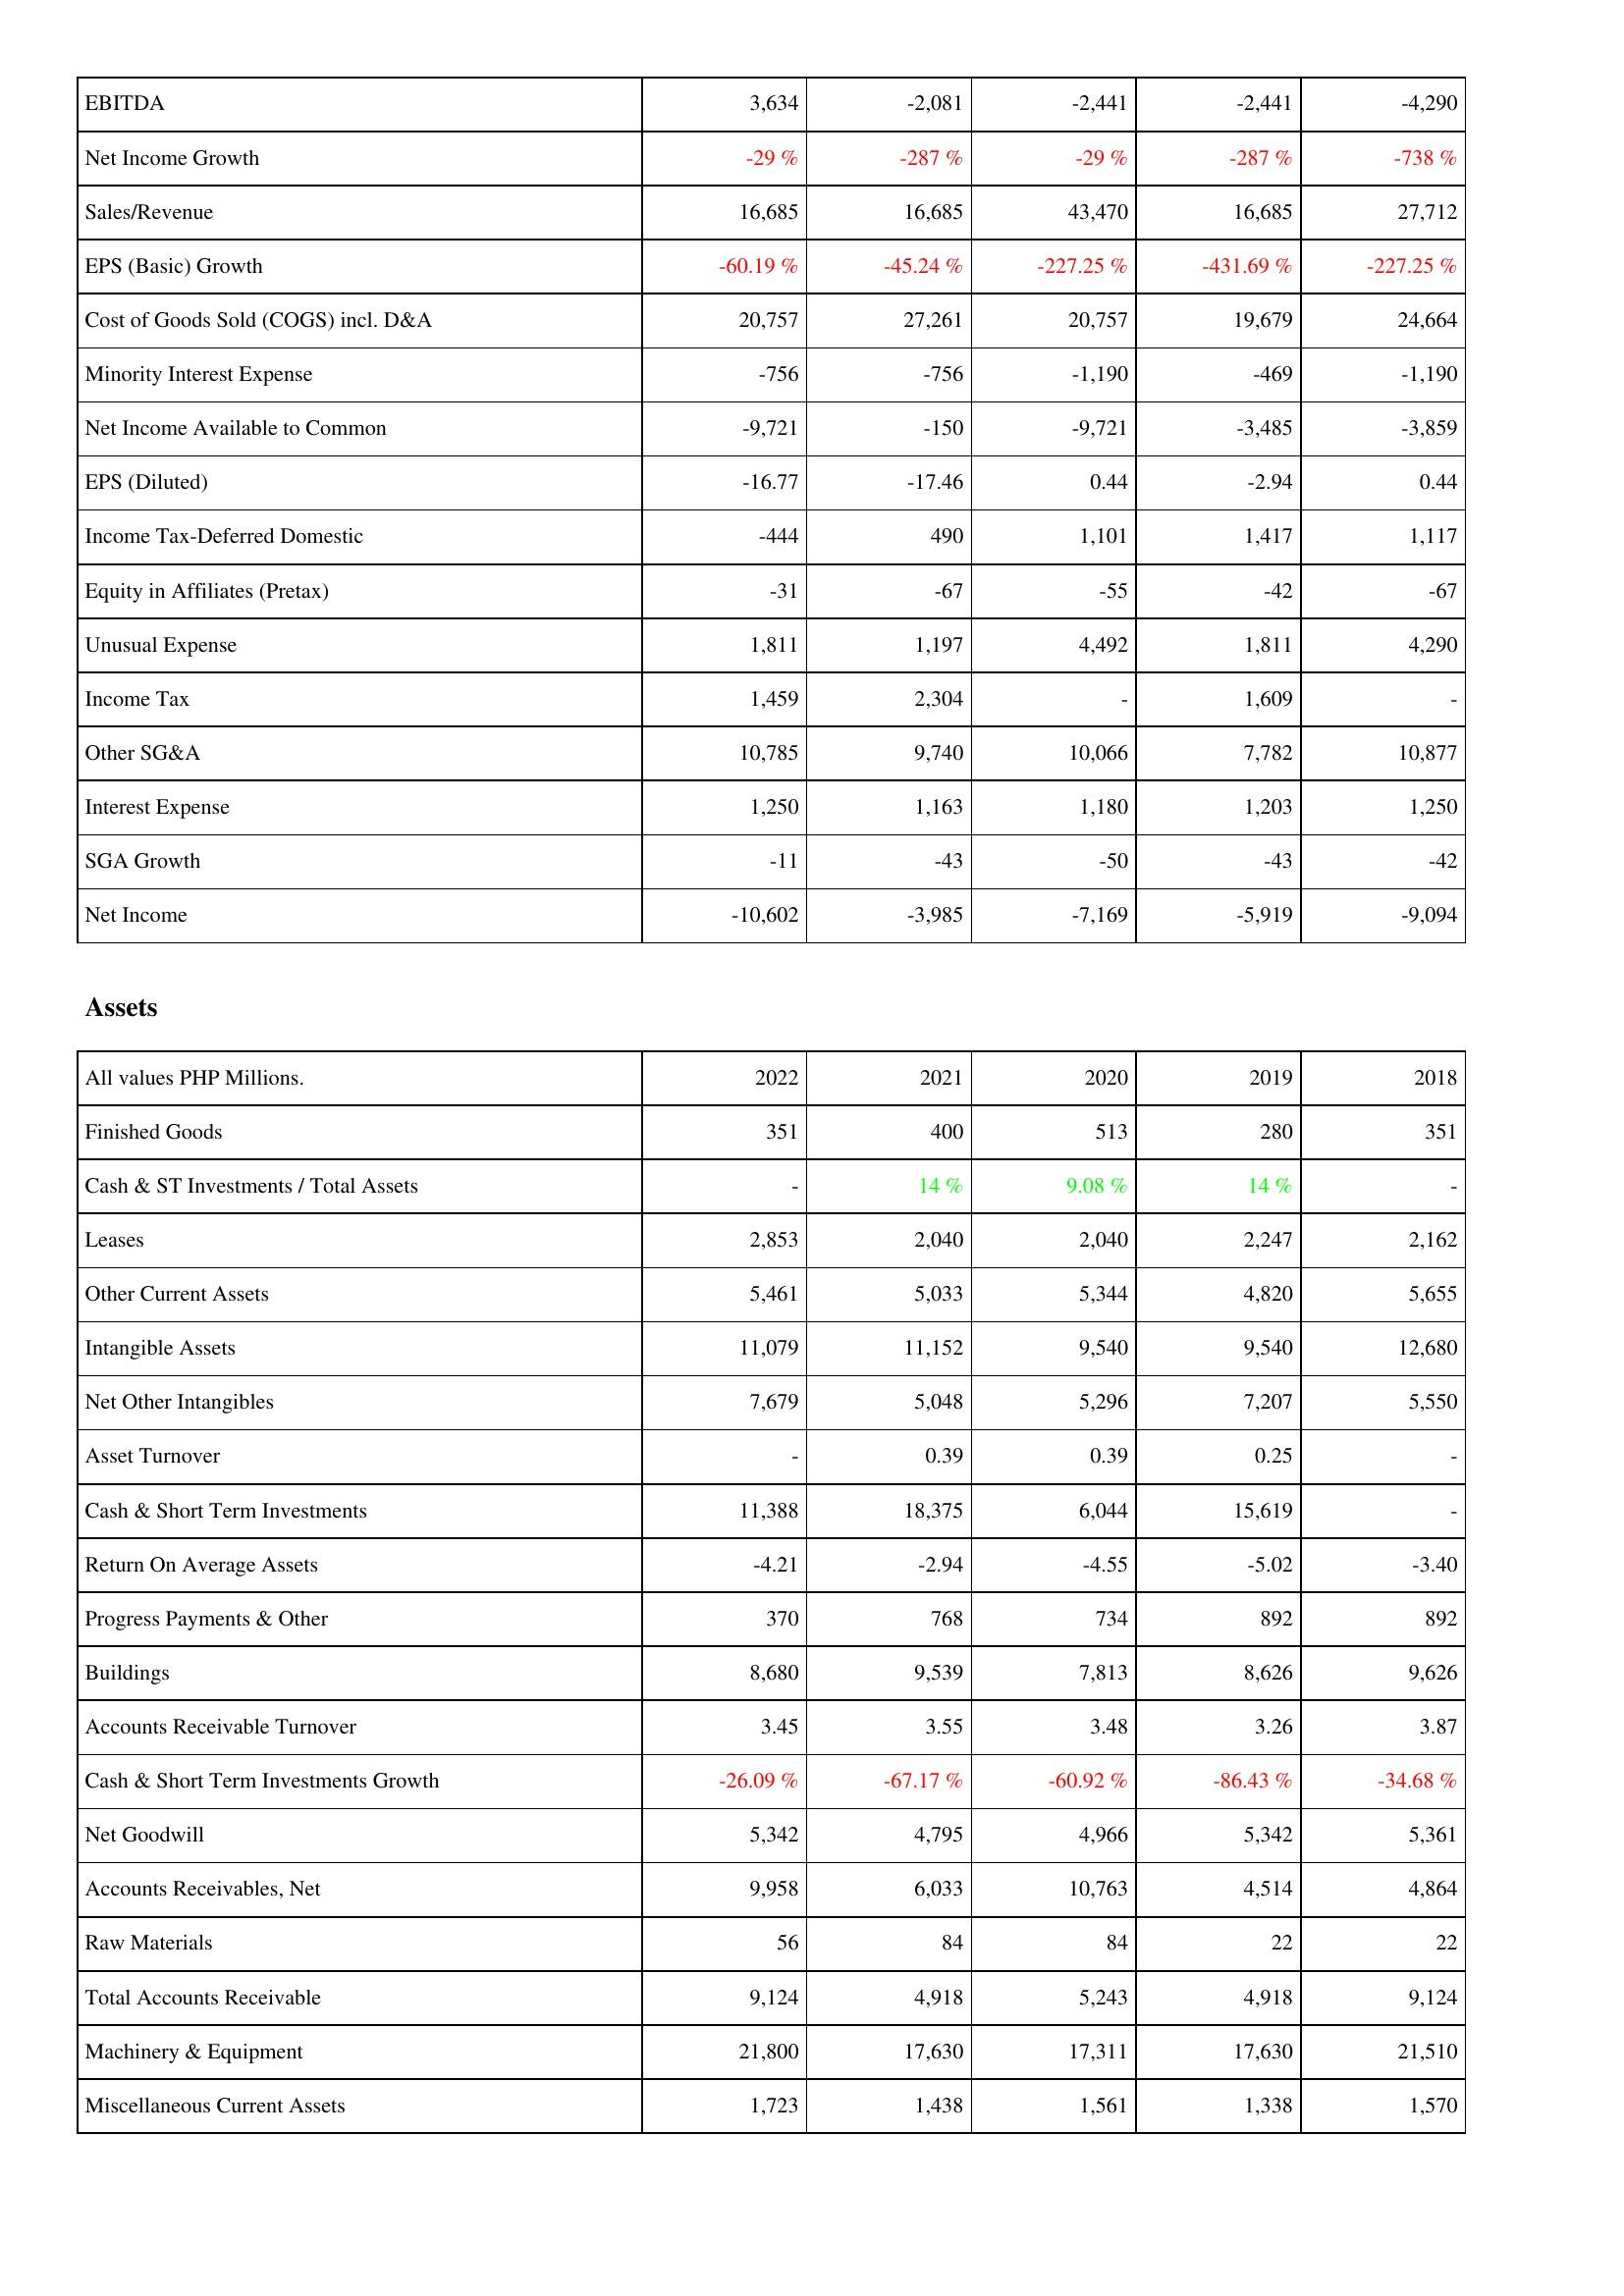
2022: Income Statement: EBITDA: 3,634
Net Income Growth: -29 %
Sales/Revenue: 16,685
EPS (Basic) Growth: -60.19 %
Cost of Goods Sold (COGS) incl. D&A: 20,757
Minority Interest Expense: -756
Net Income Available to Common: -9,721
EPS (Diluted): -16.77
Income Tax-Deferred Domestic: -444
Equity in Affiliates (Pretax): -31
Unusual Expense: 1,811
Income Tax: 1,459
Other SG&A: 10,785
Interest Expense: 1,250
SGA Growth: -11
Net Income: -10,602
Assets: Finished Goods: 351
Cash & ST Investments / Total Assets: -
Leases: 2,853
Other Current Assets: 5,461
Intangible Assets: 11,079
Net Other Intangibles: 7,679
Asset Turnover: -
Cash & Short Term Investments: 11,388
Return On Average Assets: -4.21
Progress Payments & Other: 370
Buildings: 8,680
Accounts Receivable Turnover: 3.45
Cash & Short Term Investments Growth: -26.09 %
Net Goodwill: 5,342
Accounts Receivables, Net: 9,958
Raw Materials: 56
Total Accounts Receivable: 9,124
Machinery & Equipment: 21,800
Miscellaneous Current Assets: 1,723
2021: Income Statement: EBITDA: -2,081
Net Income Growth: -287 %
Sales/Revenue: 16,685
EPS (Basic) Growth: -45.24 %
Cost of Goods Sold (COGS) incl. D&A: 27,261
Minority Interest Expense: -756
Net Income Available to Common: -150
EPS (Diluted): -17.46
Income Tax-Deferred Domestic: 490
Equity in Affiliates (Pretax): -67
Unusual Expense: 1,197
Income Tax: 2,304
Other SG&A: 9,740
Interest Expense: 1,163
SGA Growth: -43
Net Income: -3,985
Assets: Finished Goods: 400
Cash & ST Investments / Total Assets: 14 %
Leases: 2,040
Other Current Assets: 5,033
Intangible Assets: 11,152
Net Other Intangibles: 5,048
Asset Turnover: 0.39
Cash & Short Term Investments: 18,375
Return On Average Assets: -2.94
Progress Payments & Other: 768
Buildings: 9,539
Accounts Receivable Turnover: 3.55
Cash & Short Term Investments Growth: -67.17 %
Net Goodwill: 4,795
Accounts Receivables, Net: 6,033
Raw Materials: 84
Total Accounts Receivable: 4,918
Machinery & Equipment: 17,630
Miscellaneous Current Assets: 1,438
2020: Income Statement: EBITDA: -2,441
Net Income Growth: -29 %
Sales/Revenue: 43,470
EPS (Basic) Growth: -227.25 %
Cost of Goods Sold (COGS) incl. D&A: 20,757
Minority Interest Expense: -1,190
Net Income Available to Common: -9,721
EPS (Diluted): 0.44
Income Tax-Deferred Domestic: 1,101
Equity in Affiliates (Pretax): -55
Unusual Expense: 4,492
Income Tax: -
Other SG&A: 10,066
Interest Expense: 1,180
SGA Growth: -50
Net Income: -7,169
Assets: Finished Goods: 513
Cash & ST Investments / Total Assets: 9.08 %
Leases: 2,040
Other Current Assets: 5,344
Intangible Assets: 9,540
Net Other Intangibles: 5,296
Asset Turnover: 0.39
Cash & Short Term Investments: 6,044
Return On Average Assets: -4.55
Progress Payments & Other: 734
Buildings: 7,813
Accounts Receivable Turnover: 3.48
Cash & Short Term Investments Growth: -60.92 %
Net Goodwill: 4,966
Accounts Receivables, Net: 10,763
Raw Materials: 84
Total Accounts Receivable: 5,243
Machinery & Equipment: 17,311
Miscellaneous Current Assets: 1,561
2019: Income Statement: EBITDA: -2,441
Net Income Growth: -287 %
Sales/Revenue: 16,685
EPS (Basic) Growth: -431.69 %
Cost of Goods Sold (COGS) incl. D&A: 19,679
Minority Interest Expense: -469
Net Income Available to Common: -3,485
EPS (Diluted): -2.94
Income Tax-Deferred Domestic: 1,417
Equity in Affiliates (Pretax): -42
Unusual Expense: 1,811
Income Tax: 1,609
Other SG&A: 7,782
Interest Expense: 1,203
SGA Growth: -43
Net Income: -5,919
Assets: Finished Goods: 280
Cash & ST Investments / Total Assets: 14 %
Leases: 2,247
Other Current Assets: 4,820
Intangible Assets: 9,540
Net Other Intangibles: 7,207
Asset Turnover: 0.25
Cash & Short Term Investments: 15,619
Return On Average Assets: -5.02
Progress Payments & Other: 892
Buildings: 8,626
Accounts Receivable Turnover: 3.26
Cash & Short Term Investments Growth: -86.43 %
Net Goodwill: 5,342
Accounts Receivables, Net: 4,514
Raw Materials: 22
Total Accounts Receivable: 4,918
Machinery & Equipment: 17,630
Miscellaneous Current Assets: 1,338
2018: Income Statement: EBITDA: -4,290
Net Income Growth: -738 %
Sales/Revenue: 27,712
EPS (Basic) Growth: -227.25 %
Cost of Goods Sold (COGS) incl. D&A: 24,664
Minority Interest Expense: -1,190
Net Income Available to Common: -3,859
EPS (Diluted): 0.44
Income Tax-Deferred Domestic: 1,117
Equity in Affiliates (Pretax): -67
Unusual Expense: 4,290
Income Tax: -
Other SG&A: 10,877
Interest Expense: 1,250
SGA Growth: -42
Net Income: -9,094
Assets: Finished Goods: 351
Cash & ST Investments / Total Assets: -
Leases: 2,162
Other Current Assets: 5,655
Intangible Assets: 12,680
Net Other Intangibles: 5,550
Asset Turnover: -
Cash & Short Term Investments: -
Return On Average Assets: -3.40
Progress Payments & Other: 892
Buildings: 9,626
Accounts Receivable Turnover: 3.87
Cash & Short Term Investments Growth: -34.68 %
Net Goodwill: 5,361
Accounts Receivables, Net: 4,864
Raw Materials: 22
Total Accounts Receivable: 9,124
Machinery & Equipment: 21,510
Miscellaneous Current Assets: 1,570